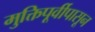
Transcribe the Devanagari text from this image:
मुक्तिपूर्वीपासून